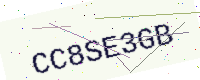
Text: CC8SE3GB